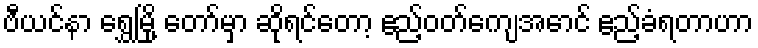
ဗီယင်နာ ရွှေမြို့ တော်မှာ ဆိုရင်တော့ ဧည့်ဝတ်ကျေအောင် ဧည့်ခံရတာဟာ